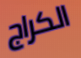
الكراج